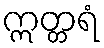
ဣတ္တရံ